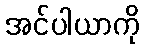
အင်ပါယာကို